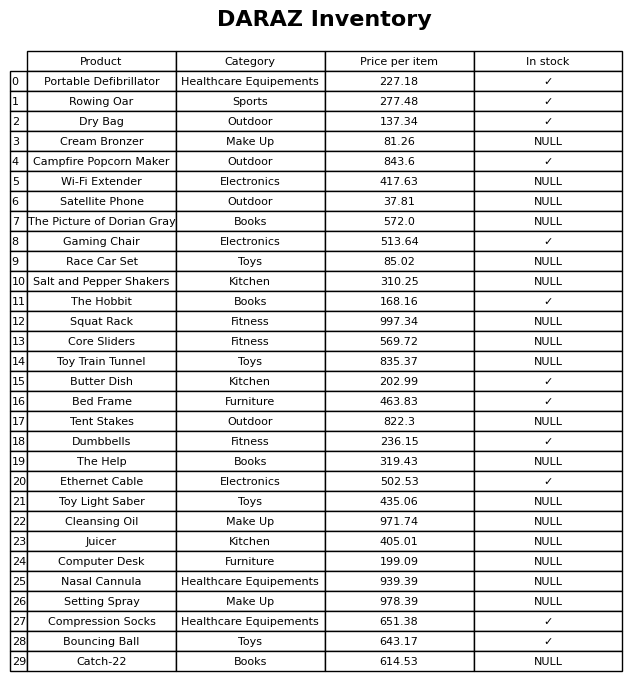
question: What is the price of the Gaming Chair?
answer: The price of Gaming Chair is 513.64.